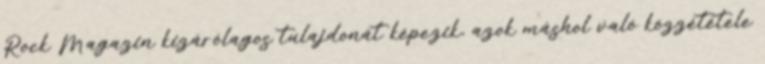
Rock Magazin kizárólagos tulajdonát képezik, azok máshol való közzététele